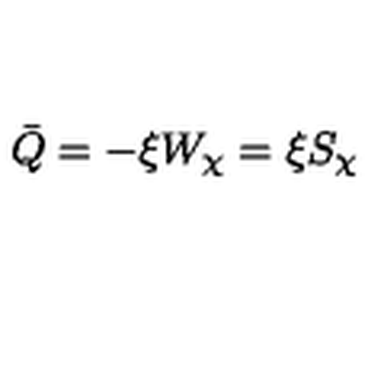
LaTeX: \bar { Q } = - \xi W _ { \chi } = \xi S _ { \chi }